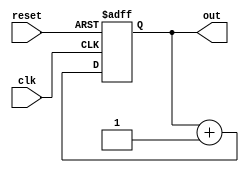
module binary_counter (
    input clk,          // Clock input
    input reset,        // Asynchronous reset input
    output reg [3:0] out // 4-bit output
);

    // Counter logic
    always @(posedge clk or posedge reset) begin
        if (reset) begin
            out <= 4'b0000; // Reset counter to 0
        end else begin
            out <= out + 1'b1; // Increment counter
        end
    end

endmodule